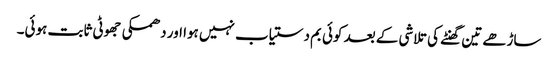
ساڑھے تین گھنٹے کی تلاشی کے بعد کوئی بم دستیاب نہیں ہوا اور دھمکی جھوٹی ثابت ہوئی۔